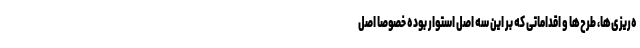
ه‌ریزی‌ها، طرح‌ها و اقداماتی که بر این سه اصل استوار بوده خصوصاً اصل